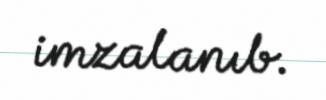
imzalanıb.